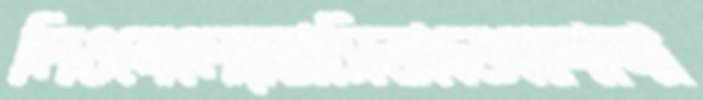
লিওনেলেরবাসিভাতেবেদানা